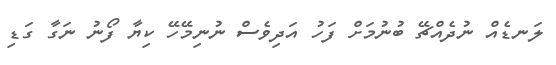
ލަނޑެއް ނުދެއްޗޭ ބުނުމަށް ފަހު އަދިވެސް ނުނިމޭހޭ ކިޔާ ފޯނު ނަގާ ގަޑި